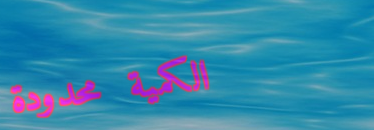
الكمية محدودة